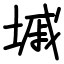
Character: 墄